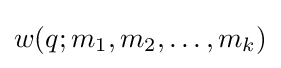
w(q;m_{1},m_{2},\ldots ,m_{k})